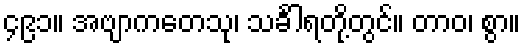
၄၉၁။ အဗျာကတေသု၊ သင်္ခါရတို့တွင်။ တာဝ၊ စွာ။